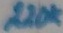
Text: 220K